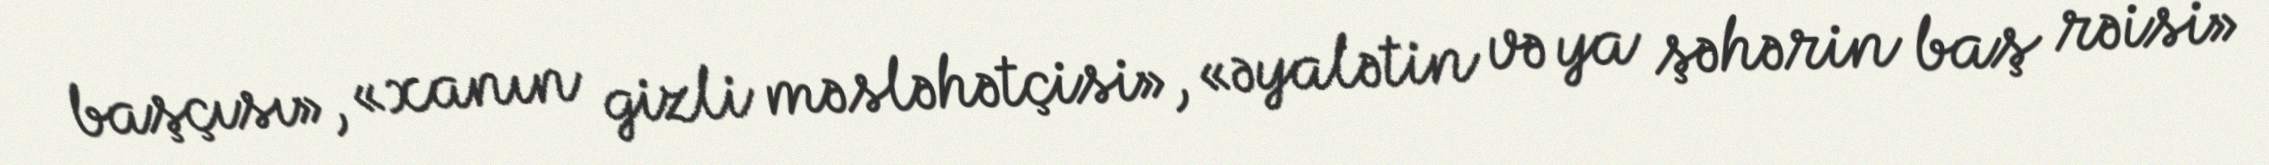
başçısı», «xanın gizli məsləhətçisi», «əyalətin və ya şəhərin baş rəisi»